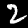
Digit: 2